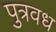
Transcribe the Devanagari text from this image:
पुत्रवध